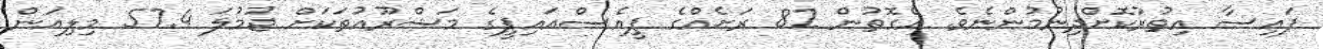
ފައިސާ އިތުރުކޮށްދިނުމުންނެވެ. އެގޮތުން 82 ރަށެއްގެ ޕީއެސްއައިޕީގެ މަޝްރޫއުތަކަށް ޖުމުލަ 57.4 މިލިއަން